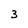
Character: 3